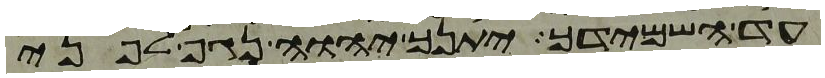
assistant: עד השמידך יתנך יהוה נגף לפני